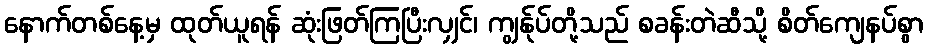
နောက်တစ်နေ့မှ ထုတ်ယူရန် ဆုံးဖြတ်ကြပြီးလျှင်၊ ကျွန်ုပ်တို့သည် စခန်းတဲဆီသို့ စိတ်ကျေနပ်စွာ